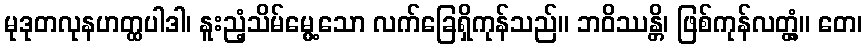
မုဒုတလုနဟတ္ထပါဒါ၊ နူးညံ့သိမ်မွေ့သော လက်ခြေရှိကုန်သည်။ ဘဝိဿန္တိ၊ ဖြစ်ကုန်လတ္တံ့။ တေ၊